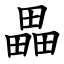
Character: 畾